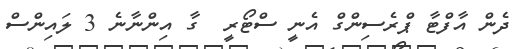
ދެން އާފްޓާ ޕްރެސިންގް އެނީ ސްޓޯރީ  ގާ އިންނާނެ 3 ލައިންސް